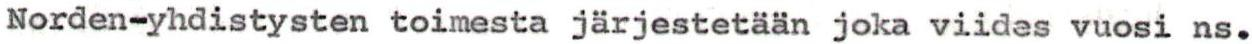
Norden-yhdistysten toimesta järjestetään joka viides vuosi ns.